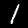
Label: 1